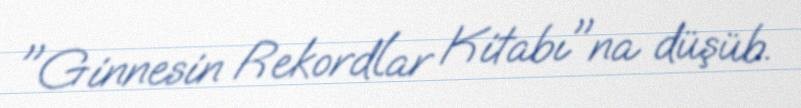
"Ginnesin Rekordlar Kitabı"na düşüb.